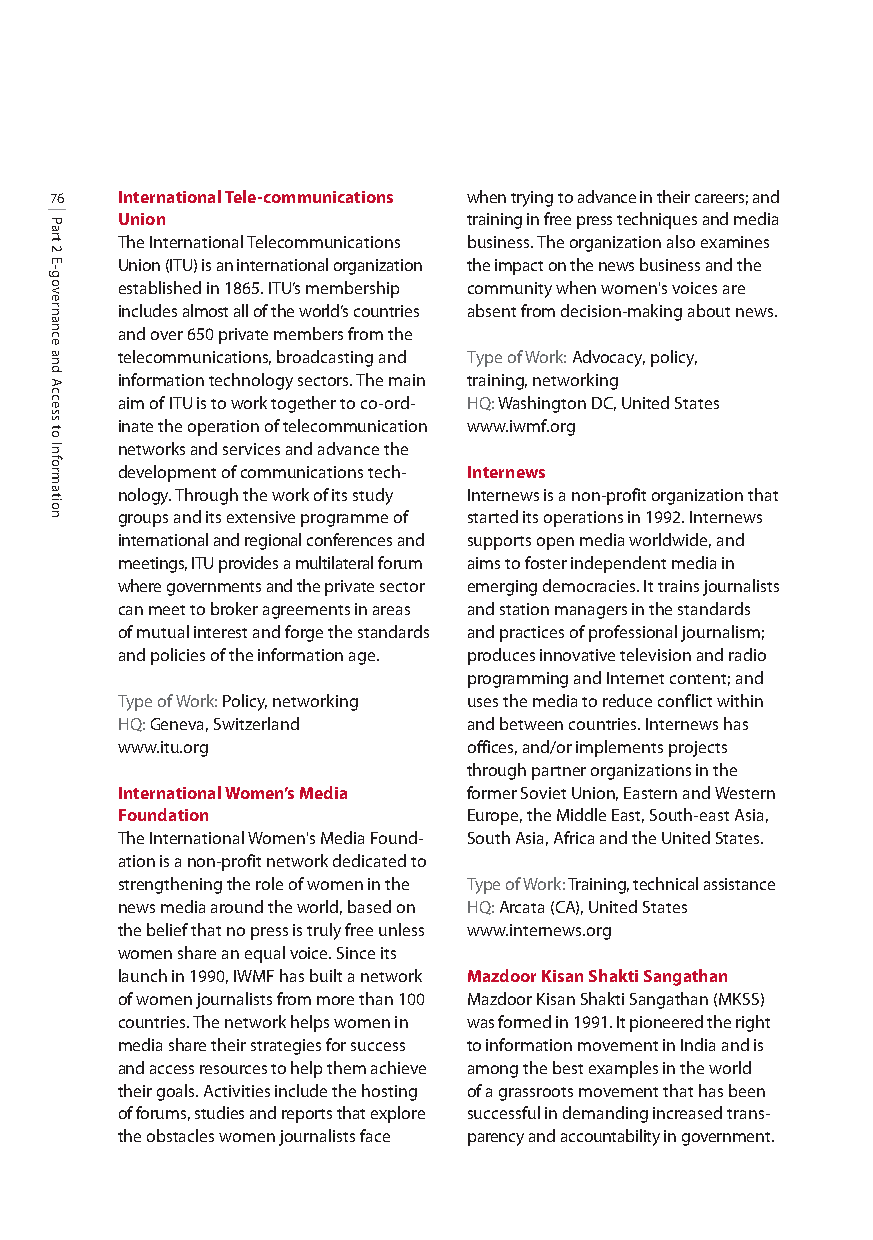
76   International Tele-communications when trying to advance in their careers; and
 Union                  training in free press techniques and media
 The International Telecommunications business. The organization also examines
 Union (ITU) is an international organization the impact on the news business and the
 established in 1865. ITU’s membership community when women's voices are
 includes almost all of the world’s countries absent from decision-making about news.
 and over 650 private members from the
 telecommunications, broadcasting and Type of Work: Advocacy, policy,
 information technology sectors. The main training, networking
 aim of ITU is to work together to co-ord- HQ:Washington DC, United States
 inate the operation of telecommunication www.iwmf.org
 networks and services and advance the
 development of communications tech- Internews
 nology. Through the work of its study Internews is a non-profit organization that
 groups and its extensive programme of started its operations in 1992. Internews
 international and regional conferences and supports open media worldwide, and
 meetings, ITU provides a multilateral forum aims to foster independent media in
 where governments and the privatesector emerging democracies. It trains journalists
 can meet to broker agreements in areas and station managers in the standards
 of mutual interest and forge the standards and practices of professional journalism;
 and policies of the information age. produces innovative television and radio
 programming and Internet content; and
 Type of Work: Policy, networking uses the media to reduce conflict within
 HQ:Geneva, Switzerland and between countries. Internews has
 www.itu.org            offices, and/or implements projects
 through partner organizations in the
 International Women’s Media former Soviet Union, Eastern and Western
 Foundation             Europe, the Middle East, South-east Asia,
 The International Women's Media Found- South Asia, Africa and the United States.
 ation is a non-profit network dedicated to
 strengthening the role of women in the Type of Work: Training, technical assistance
 news media around the world, based on HQ:Arcata (CA), United States
 the belief that no press is truly free unless www.internews.org
 women share an equal voice. Since its
 launch in 1990, IWMF has built a network Mazdoor Kisan Shakti Sangathan
 of women journalists from more than 100 Mazdoor Kisan Shakti Sangathan (MKSS)
 countries. The network helps women in was formed in 1991. It pioneered the right
 media share their strategies for success to information movement in India and is
 and access resources to help themachieve among the best examples in the world
 their goals. Activities include the hosting of a grassroots movement that has been
 of forums, studies and reports that explore successful in demanding increased trans-
 the obstacles women journalists face parency and accountability in government.
 Part
 2
 E-governance
 and
 Access
 to
 Information